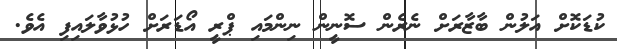
ކުޑަކޮށް އަލުން ބާޒާރަށް ނެރެން ސޮނީން ނިންމައި ޕްރީ އޯޑަރަށް ހުޅުވާލައިފި އެވެ.